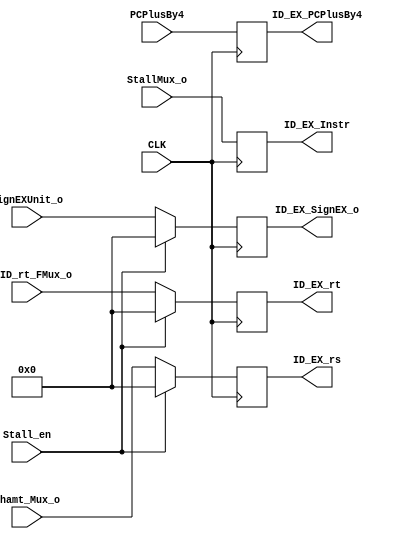
module ID_EXPplReg(PCPlusBy4,StallMux_o,Shamt_Mux_o,IF_ID_rt_FMux_o,SignEXUnit_o,
      ID_EX_PCPlusBy4,ID_EX_Instr,ID_EX_rs,ID_EX_rt,ID_EX_SignEX_o,Stall_en,
      CLK);

      input CLK;
      input Stall_en;
     
      input[31:0] PCPlusBy4;
      input[31:0] StallMux_o;
      input[31:0] Shamt_Mux_o;
      input[31:0] IF_ID_rt_FMux_o;
      input[31:0] SignEXUnit_o;
      
     
      
      output[31:0] ID_EX_PCPlusBy4;
      output[31:0] ID_EX_Instr;
      output[31:0] ID_EX_rs;
      output[31:0] ID_EX_rt;
      output[31:0] ID_EX_SignEX_o;      

      
      reg[31:0] Reg1;
      reg[31:0] Reg2;
      reg[31:0] Reg3;
      reg[31:0] Reg4;
      reg[31:0] Reg5;
      
    
     
      assign ID_EX_PCPlusBy4=Reg1;
      assign ID_EX_Instr=Reg2;
      assign ID_EX_rs=Reg3;      
      assign ID_EX_rt=Reg4;
      assign ID_EX_SignEX_o=Reg5;
      
      
      initial
        begin
          Reg1<=0;
          Reg2<=0;
          Reg3<=0;
          Reg4<=0;
          Reg5<=0;
        end
  
      
      
      always@(posedge CLK)
        begin
          Reg1<=PCPlusBy4;
          Reg2<=StallMux_o;
          Reg3<=Stall_en?0:Shamt_Mux_o;//sll-- all 0   beq
          Reg4<=Stall_en?0:IF_ID_rt_FMux_o;//
          Reg5<=Stall_en?0:SignEXUnit_o;//
          
        end
endmodule